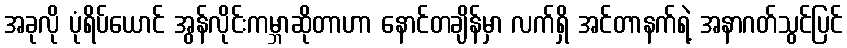
အခုလို ပုံရိပ်ယောင် အွန်လိုင်းကမ္ဘာဆိုတာဟာ နောင်တချိန်မှာ လက်ရှိ အင်တာနက်ရဲ့ အနာဂတ်သွင်ပြင်